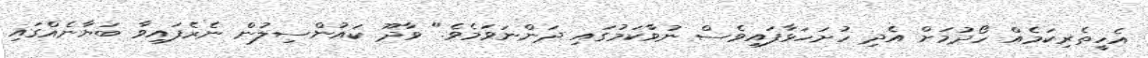
އެހީތެރިކަމެއް ހޯދުމަށް އެދި ހުށަހަޅާފައިވެސް ނުވާކަމުގައި ދަންނަވަމެވެ." ވާދޫ ކައުންސިލުން ނެރެފައިވާ ބަޔާނެއްގައި